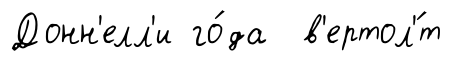
Донн'елл'и го́да в'ертол'́т